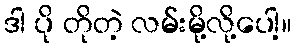
ဒါ ပို တိုတဲ့ လမ်းမို့လို့ပေါ့။